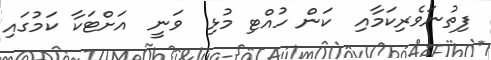
ފިތުނަވެރިކަމާއި  ކަން ހުއްޓި މުޅި  ވަނީ  އަށްޓަކާ ކަމުގައި